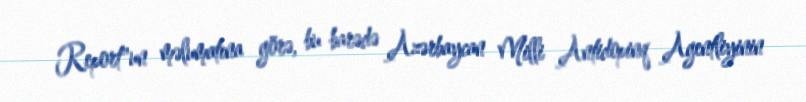
Report"un məlumatına görə, bu barədə Azərbaycan Milli Antidopinq Agentliyinin